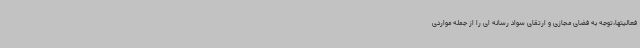
فعالیتها،توجه به فضای مجازی و ارتقای سواد رسانه ای را از جمله مواردی